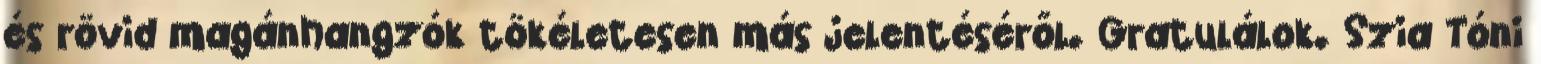
és rövid magánhangzók tökéletesen más jelentéséről. Gratulálok. Szia Tóni